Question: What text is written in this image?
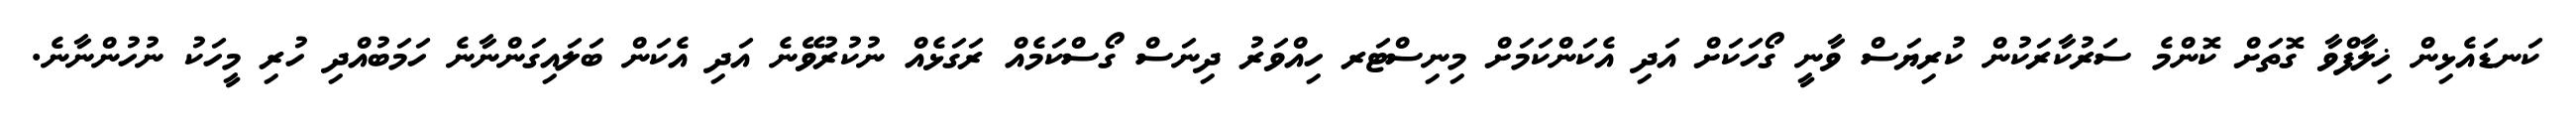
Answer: ކަނޑައެޅިން ޚިލާފްވާ ގޮތަށް ކޮންމެ ސަރުކާރަކުން ކުރިޔަސް ވާނީ ގޯހަކަށް އަދި އެކަންކަމަށް މިނިސްޓަރ ހިއްވަރު ދިނަސް ގޯސްކަމެއް ރަގަޅެއް ނުކުރުވޭނެ އަދި އެކަން ބަލައިގަންނާނެ ހަމަބުއްދި ހުރި މީހަކު ނުހުންނާނެ.